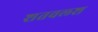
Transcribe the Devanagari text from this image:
शतवल्श